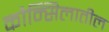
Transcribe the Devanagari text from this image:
कौन्सिलातील